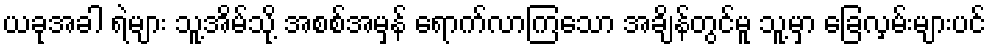
ယခုအခါ ရဲများ သူ့အိမ်သို့ အစစ်အမှန် ရောက်လာကြသော အချိန်တွင်မူ သူ့မှာ ခြေလှမ်းများပင်